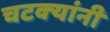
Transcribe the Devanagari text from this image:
चटक्‍यांनी